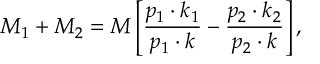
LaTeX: M _ { 1 } + M _ { 2 } = M \left[ \frac { p _ { 1 } \cdot k _ { 1 } } { p _ { 1 } \cdot k } - \frac { p _ { 2 } \cdot k _ { 2 } } { p _ { 2 } \cdot k } \right] ,